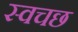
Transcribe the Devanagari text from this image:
स्वचछ